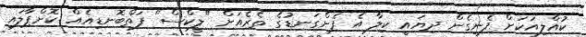
ކުއްލިއަކަށް ފެނިގެން ދިޔައީ ކިލާ އެ ފެންގަނޑުގެ ތެރެއަށް "ލީކްސް" ފަތްބޮނޑިއެއް ކޮށްޕާލައި